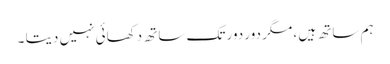
ہم ساتھ ہیں ، مگر دور دور تک ساتھ دکھائی نہیں دیتا ۔